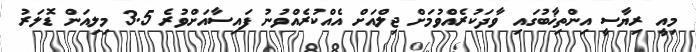
މިއީ ރިޔާސީ އިންތިޚާބުގައި ވާދަކުރެއްވުމަށް ޖިލްއަށް އެއްކުރެއްވުނު ފައިސާއަށްވުރެ 3.5 މިލިއަން ޑޮލަރު